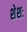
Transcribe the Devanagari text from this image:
शेशः